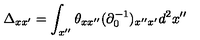
\Delta _ { x x ^ { \prime } } = \int _ { x ^ { \prime \prime } } \theta _ { x x ^ { \prime \prime } } ( \partial _ { 0 } ^ { - 1 } ) _ { x ^ { \prime \prime } x ^ { \prime } } d ^ { 2 } x ^ { \prime \prime }